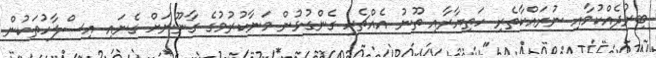
ބިރުދެއްކުމާއި ނުރައްކާތެރި ހަތިޔާރާއި ތޫނު އެެއްޗެހި ގެންގުޅުން މަނާކުރުމުގެ ގާނޫނަށް ގެނައި އިސްލާހުތަކުން